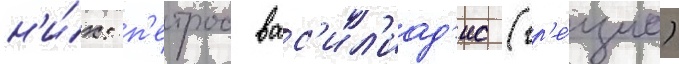
н'и́х: п'етрос вас'ил'иад'ис (гр'е́циа)